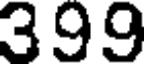
399